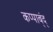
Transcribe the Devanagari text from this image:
कप्पाब्ंद्